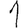
Digit: 1